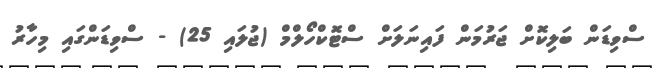
ސްވިޑަން ބަލިކޮށް ޖަރުމަން ފައިނަލަށް ސްޓޮކްހޯލްމް (ޖުލައި 25) - ސްވިޑަންގައި މިހާރު